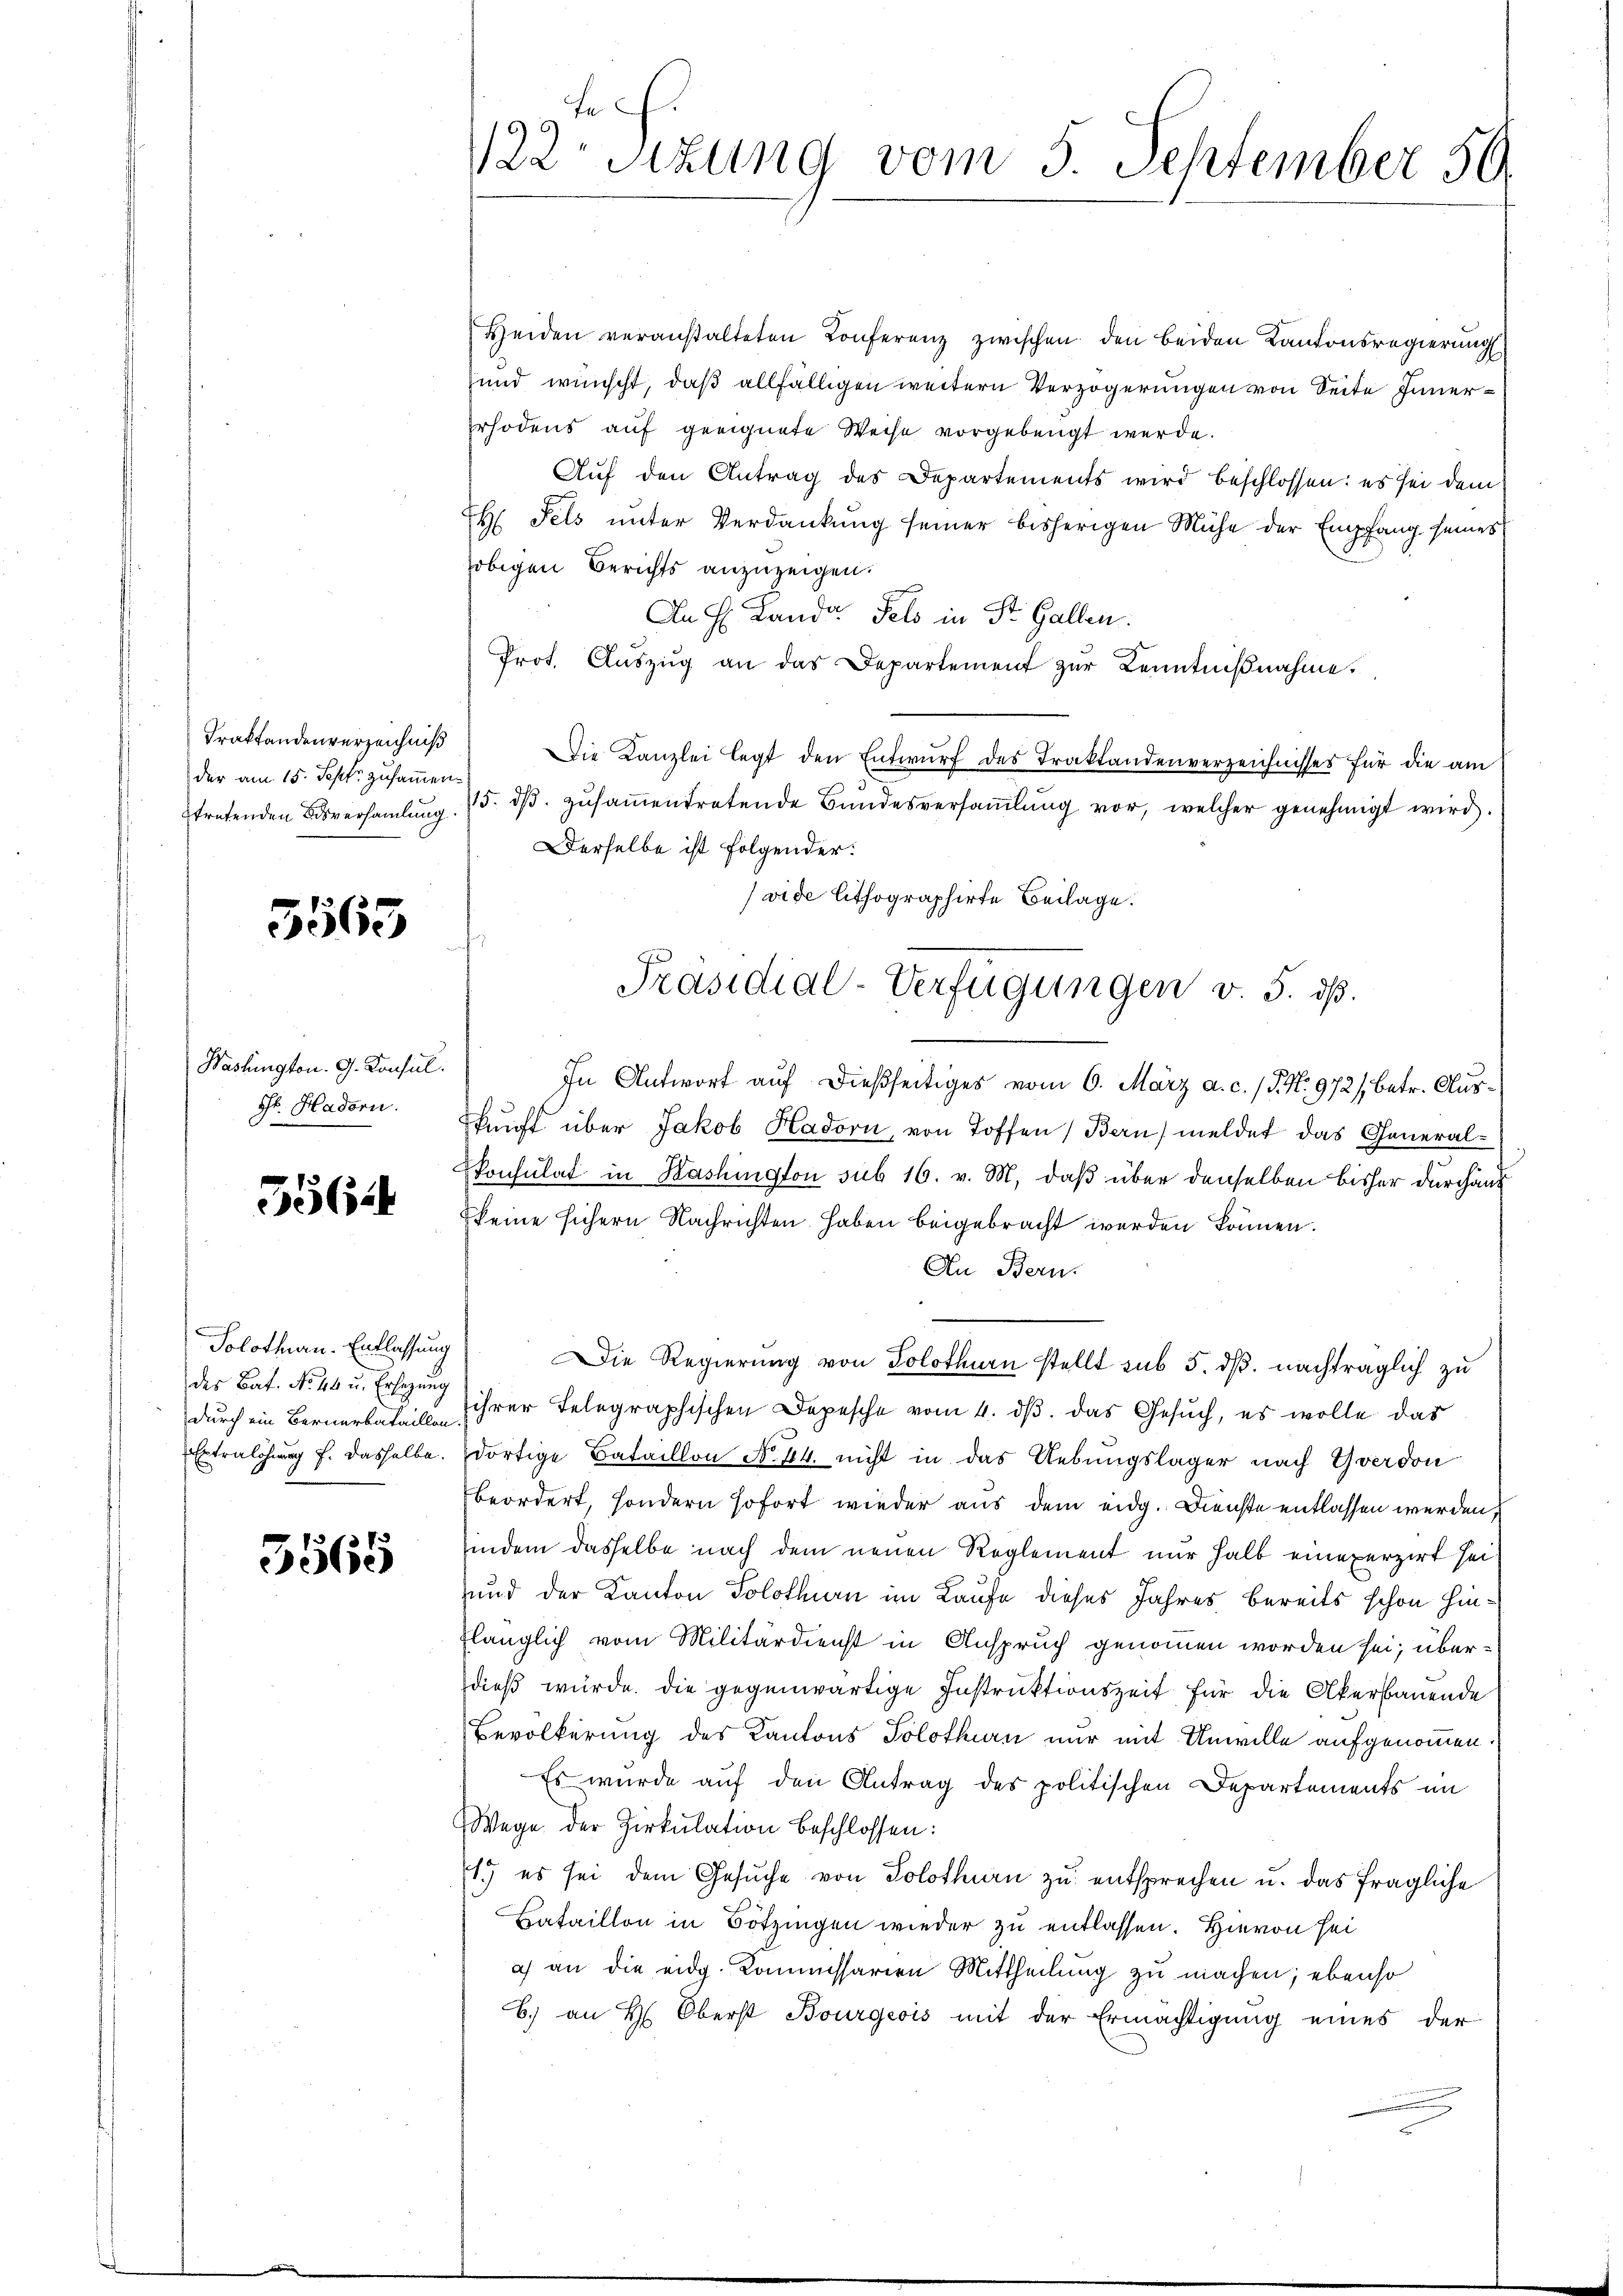
Traktandenverzeichniß
der am 15. Sept. zusammen.

5563

Washington. G. Konsul
G. Hadorn.

556.

Solothurn. Entlassung
durch ein Bernerbataillen.

5565

te.
122 sizung vom 5. September 50.

Heiden veranstalteten Konferenz zwischen den beiden Kantonsregierung
und wünscht, daß allfälligen weitern Verzögerungen von Seite Inner¬
Erhodens auf geeignete Weise vorgebeugt werde.
Auf den Antrag des Departements wird beschlossen: es sei dem
H. Fels ŭnter Verdankŭng seiner bisherigen Mühe der Empfang seines
obigen Berichts anzuzeigen.
An H. Landa Fels in Str. Gallen.
Prot. Aŭszŭg an das Departement zŭr Kenntniβnahme.
Die Kanzlei legt den Entwŭrf des Traktandenverzeichnisses für die am
tretenden Bsversaṁlŭng 15. dβ zŭsaṁentretende Bundesversaṁlŭng vor, welcher genehmigt wird.
Derselbe ist folgender:
vide lithographirte Beilage.
d
In Antwort auf dießseitiges vom 6. März a. c. (T. N. 972/ betr. Ausskunft über Jakob Hadorn, von Toffen) Bern, meldet das General-
konsulat in Washington sub 16. v. M. daß über denselben bisher durchaus
keine sichern Nachrichten haben beigebracht werden können.
An Bern.
Die Regierung von Solothurn stellt sub 5. dß. nachträglich zu
der Bat. No. 46 u. Erlegung ihrer Telegraphischen Depesche vom 4. dβ. das Gesŭch, es wolle das
Extralohung f. dasselbe dortige Bataillon No 44. nicht in das Uebungslager nach Yverdon
beordert, sondern sofort wieder aus dem eidg. Dienste entlassen werden,
indem dasselbe nach dem neuen Reglement nur halb eineperzirt sei
und der Kanton Solothurn im Laufe dieses Jahres bereits schon hinflänglich vom Militärdienst in Anspruch genommen worden sei; überdieß würde. Die gegenwärtige Instruktionszeit für die Akerbauende
Bevölkerung des Kantons Solothurn nur mit Unwille aufgenommen.
Es wurde auf den Antrag des politischen Departements im
Wege der Zirkulation beschlossen:
1. es sei dem Gesŭche von Solothurn zu entsprechen u. das fragliche
Bataillon in Bötzingen wieder zu entlassen. Hievon sei
a) an die eidg. Kommissareen Mittheilung zu machen; ebenso
b.) an H. Oberst Bourgeois mit der Ermächtigung eines der

Präsidial-Verfügungen v. 5. dß.